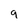
Character: q